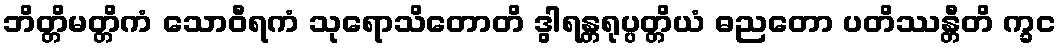
ဘိတ္တိမတ္တိကံ သောဝီရကံ သုရောသိတောတိ ဒွါရန္တရုပ္ပတ္တိယံ ဓညတော ပတိဿန္တီတိ က္ခင